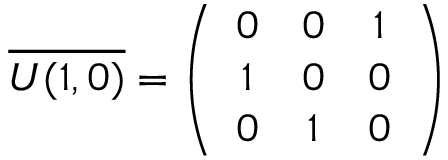
\overline { { { U ( 1 , 0 ) } } } = \left( \begin{array} { c c c } { { 0 } } & { { 0 } } & { { 1 } } \\ { { 1 } } & { { 0 } } & { { 0 } } \\ { { 0 } } & { { 1 } } & { { 0 } } \end{array} \right)